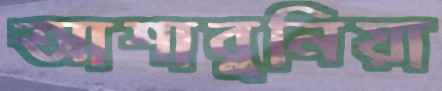
আশাবুনিয়া